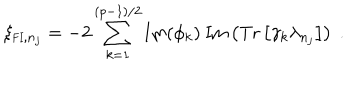
\xi _ { \mathrm { { \small F I } } , n _ { j } } = - 2 \sum _ { k = 1 } ^ { ( p - 1 ) / 2 } \mathrm { I m } ( \phi _ { k } ) ~ \mathrm { I m } \left( \mathrm { T r } \left[ \gamma _ { k } \lambda _ { n _ { j } } \right] \right) ~ .